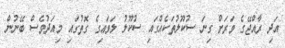
އަދި ރާއްޖޭގެ ވަރަށް ގިނަ ސުކޫލުތަކެއްގައި ސުކޫލު ލަވައިގެ ގޮތުގައި މިއަދުވެސް ބޭނުން